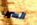
السرب